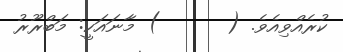
ކުރެއްވިއެވެ. (      ) މާނައަކީ: މަބްރޫރު